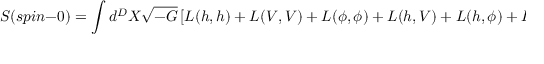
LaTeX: S ( s p i n - 0 ) = \int d ^ { D } X \sqrt { - G } \left[ L ( h , h ) + L ( V , V ) + L ( \phi , \phi ) + L ( h , V ) + L ( h , \phi ) + L ( V , \phi ) \right] ~ ,